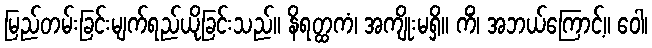
မြည်တမ်းခြင်းမျက်ရည်ယိုခြင်းသည်။ နိရတ္ထကံ၊ အကျိုးမရှိ။ ကိံ၊ အဘယ်ကြောင့်။ ဝေါ၊